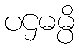
ပဌမမ္ပိ